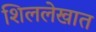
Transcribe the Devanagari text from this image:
शिललेखात